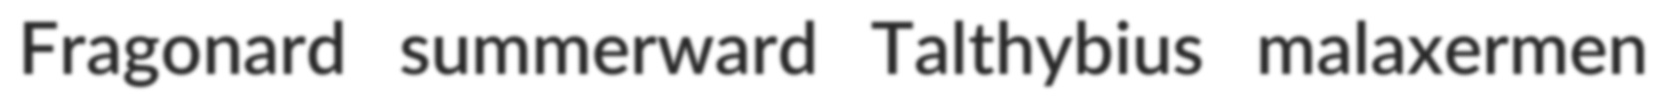
Fragonard summerward Talthybius malaxermen